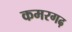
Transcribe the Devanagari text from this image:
कमरगढ़